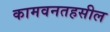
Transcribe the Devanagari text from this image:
कामवनतहसील